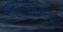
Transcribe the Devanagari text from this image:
महानाटमंडप